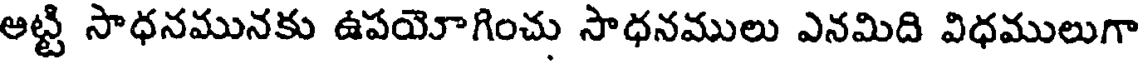
అట్టి సాధనమునకు ఉపయోగించు సాధనములు ఎనమిది విధములుగా